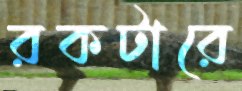
রকটারে